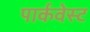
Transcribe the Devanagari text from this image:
पार्कवेस्ट